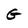
Character: G